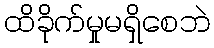
ထိခိုက်မှုမရှိစေဘဲ